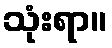
သုံးရာ။